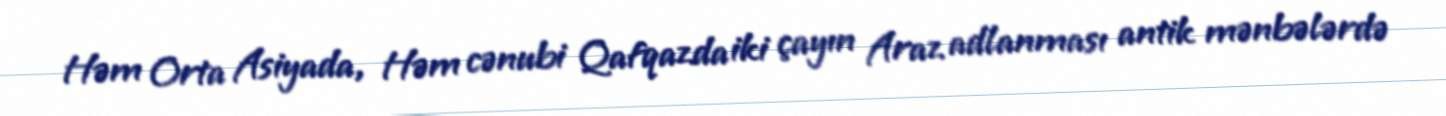
Həm Orta Asiyada, Həm cənubi Qafqazda iki çayın Araz adlanması antik mənbələrdə